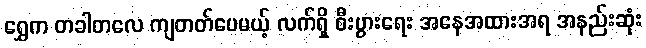
ရွှေက တခါတလေ ကျတတ်ပေမယ့် လက်ရှိ စီးပွားရေး အနေအထားအရ အနည်းဆုံး